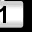
Digit: 1